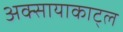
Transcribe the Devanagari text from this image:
अक्सायाकाट्ल